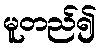
မူတည်၍